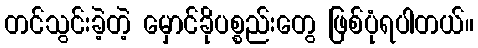
တင်သွင်းခဲ့တဲ့ မှောင်ခိုပစ္စည်းတွေ ဖြစ်ပုံရပါတယ်။